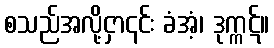
စသည်အလို့ငှာ၎င်း ခံအံ့၊ ဒုက္ကဋ်။